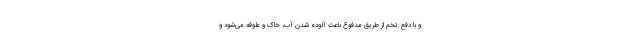
و با دفع تخم از طریق مدفوع باعث آلوده شدن آب، خاک و علوفه می‌شود و